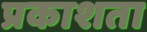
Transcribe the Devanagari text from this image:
प्रकाशता